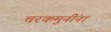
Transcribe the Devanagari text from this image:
चरकमुनींना